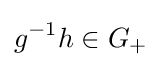
g^{-1}h\in G_{+}